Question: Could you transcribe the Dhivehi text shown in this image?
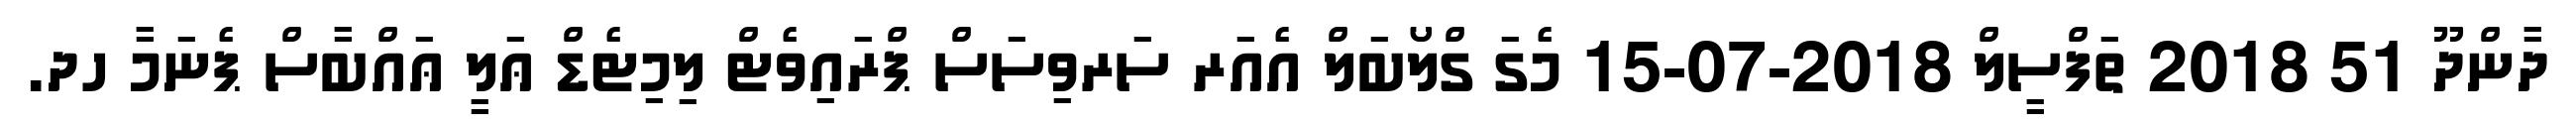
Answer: ދާންދޫ 51 2018 ތަފްސީލް 2018-07-15 މެގަ ގްލޯބަލް އެއަރ ސަރވިސަސް ޕްރައިވެޓް ލިމިޓެޑް ޢަލީ ޢައްބާސް ޕެނަމާ ހދ.